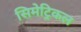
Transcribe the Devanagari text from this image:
सिमेट्रिकल